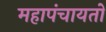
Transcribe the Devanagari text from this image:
महापंचायतों